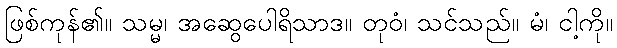
ဖြစ်ကုန်၏။ သမ္မ၊ အဆွေပေါရိသာဒ။ တုဝံ၊ သင်သည်။ မံ၊ ငါ့ကို။